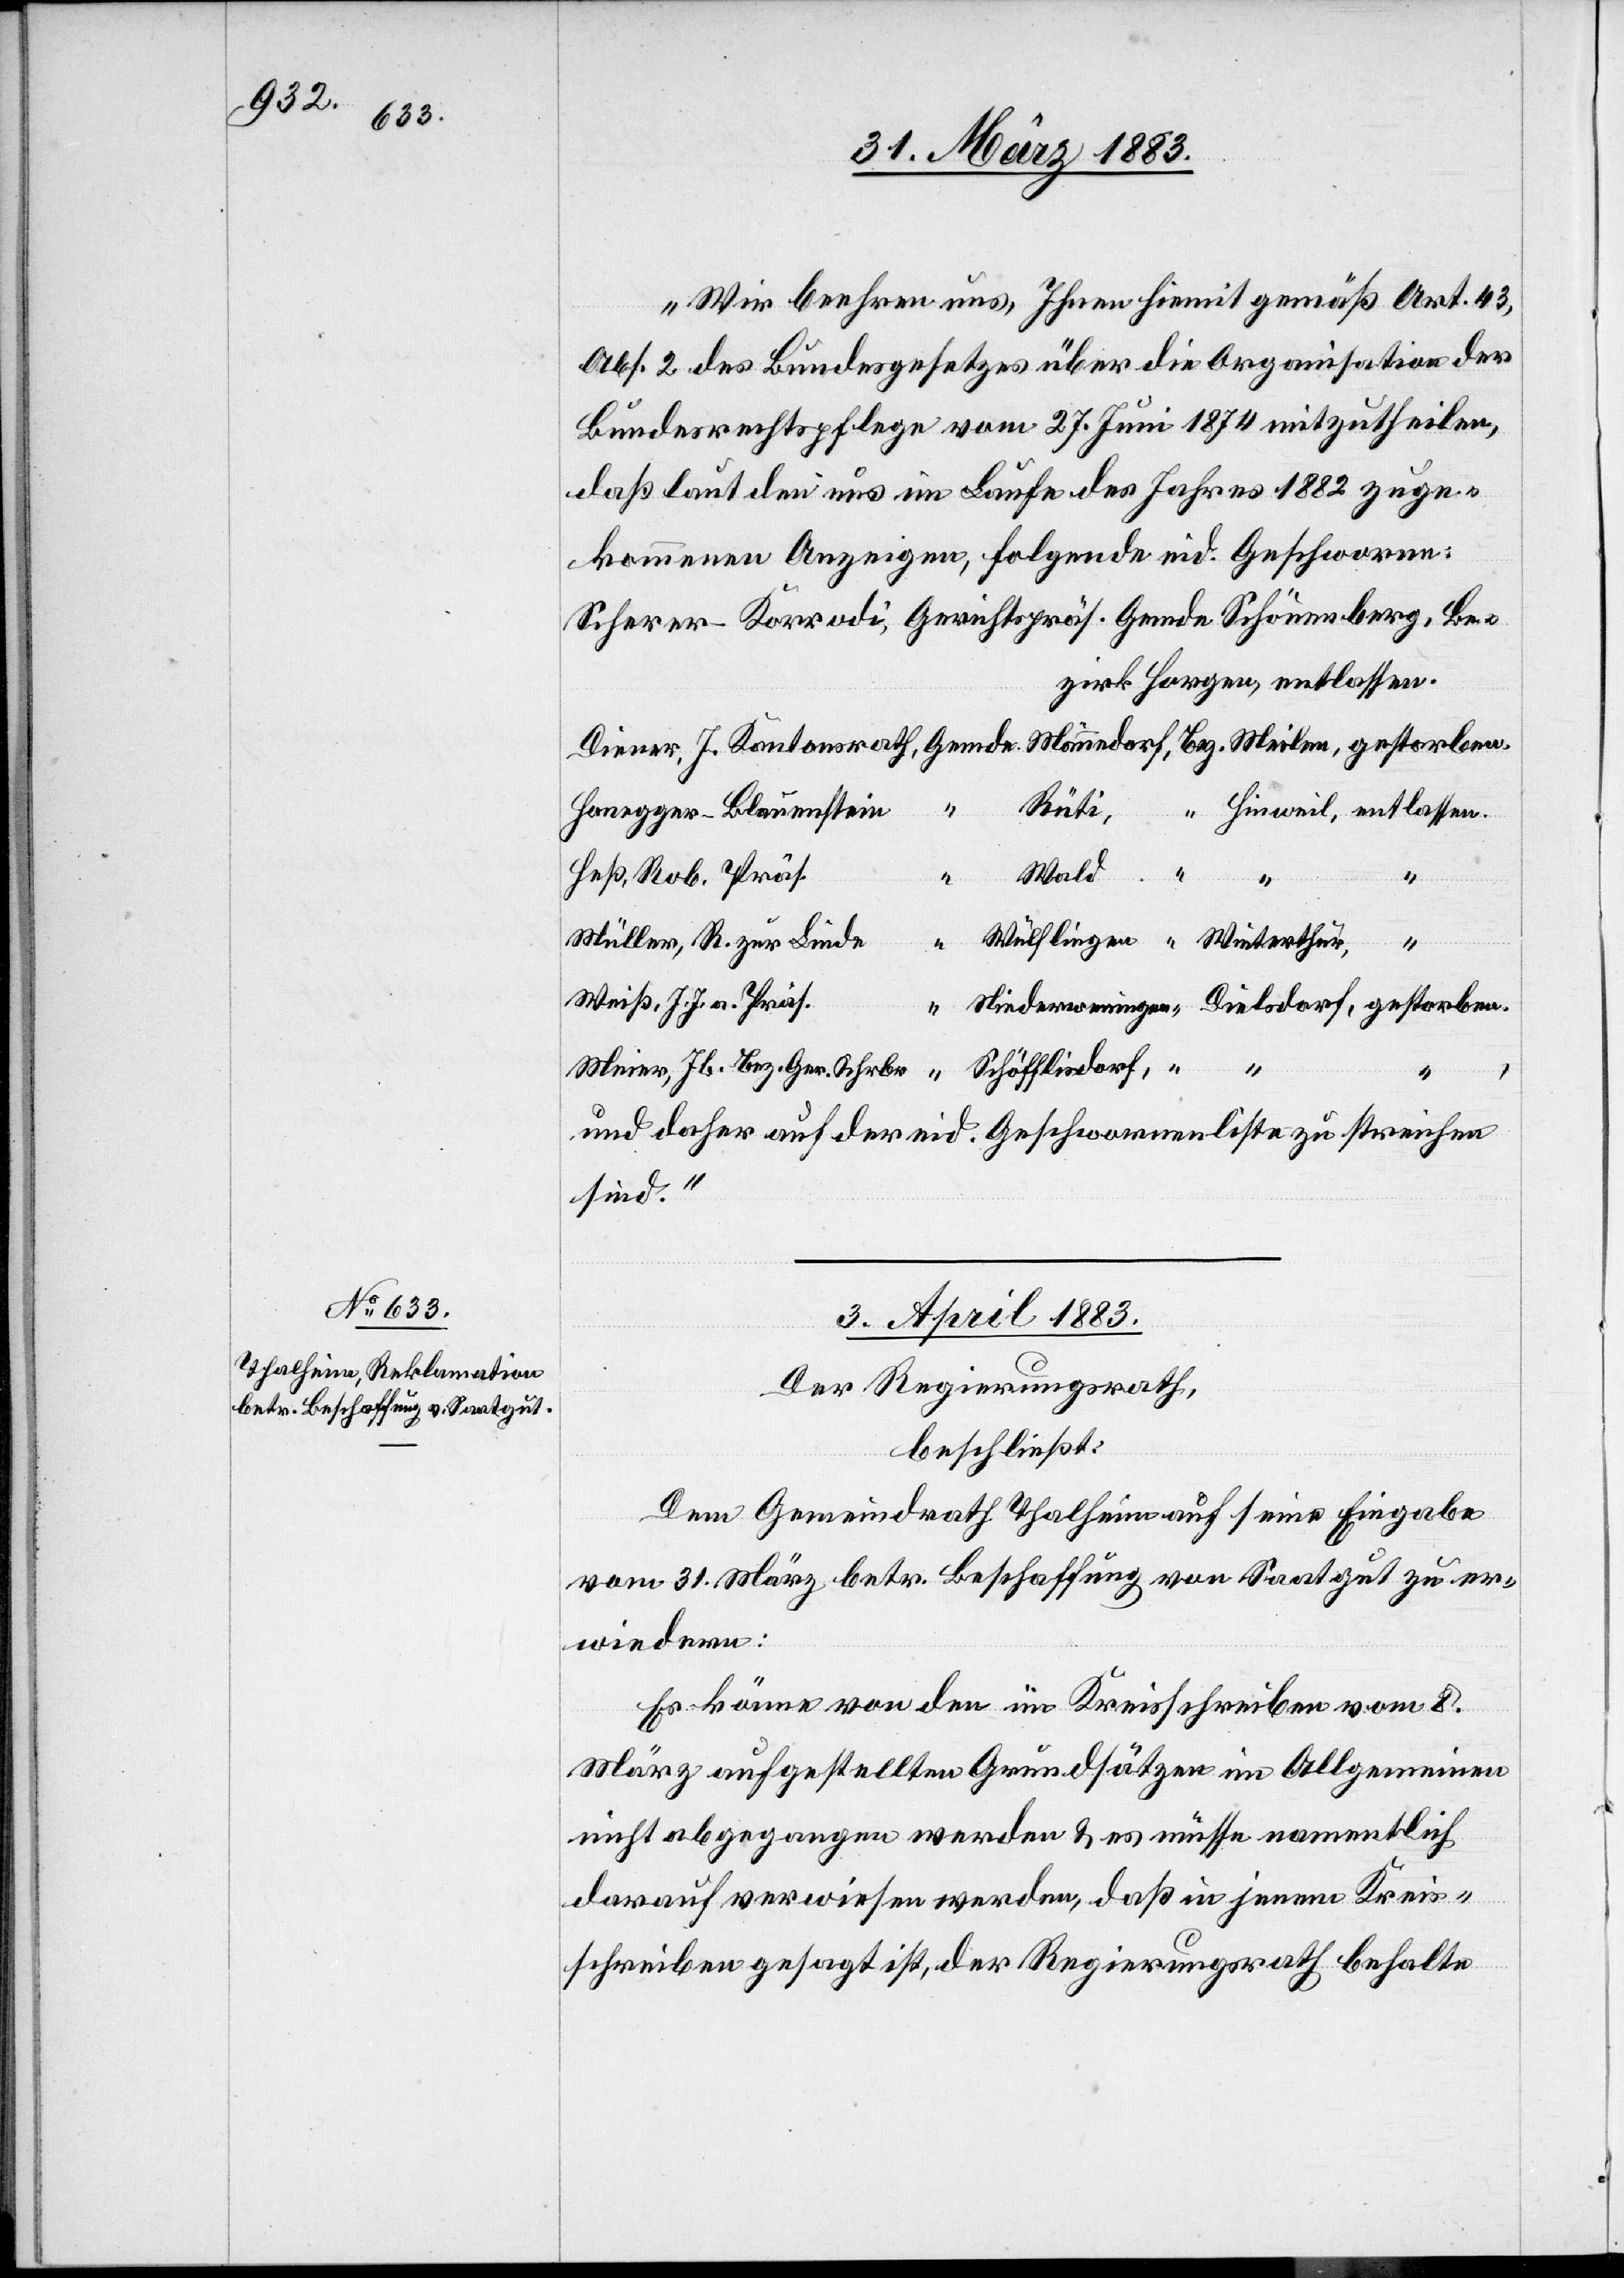
„Wir beehren uns, Ihnen hiemit gemäß Art. 43,
Abs. 2 des Bundesgesetzes über die Organisation der
Bundesrechtspflege vom 27. Juni 1874 mitzutheilen,
daß laut den uns im Laufe des Jahres 1882 zuge¬
kommenen Anzeigen, folgende eid. Geschwornen:
Honegger-Blauenstein
Heß, Rob. Präs.
Weiß, J. J. a. Präs.
gestorben.
R.
Schöfflisdorf
Meier, Jb. Bez. Ger. Schrbr
“
“
und daher auf der eid. Geschwornenliste zu streichen
sind.“
3. April 1883.
Der Regierungsrath,
beschließt:
Dem Gemeindrath Thalheim auf seine Eingabe
vom 31. März betr. Beschaffung von Saatgut zu er¬
wiedern:
Es könne von den im Kreisschreiben vom 8.
März aufgestellten Grundsätzen im Allgemeinen
nicht abgegangen werden & es müsse namentlich
darauf verwiesen werden, daß in jenem Kreis¬
schreiben gesagt ist, der Regierungsrath behalte